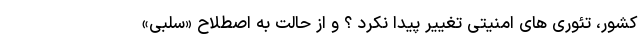
کشور، تئوری های امنیتی تغییر پیدا نکرد ؟ و از حالت به اصطلاح «سلبی»